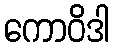
ကောဝိဒါ